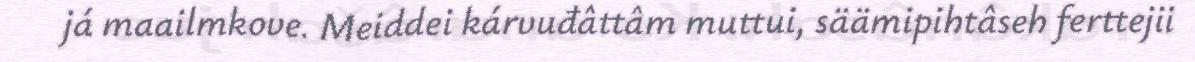
já maailmkove. Meiddei kárvuđâttâm muttui, säämipihtâseh ferttejii